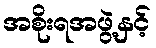
အစိုးရအဖွဲ့နှင့်